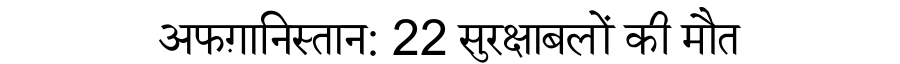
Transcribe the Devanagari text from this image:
अफग़ानिस्तान: 22 सुरक्षाबलों की मौत